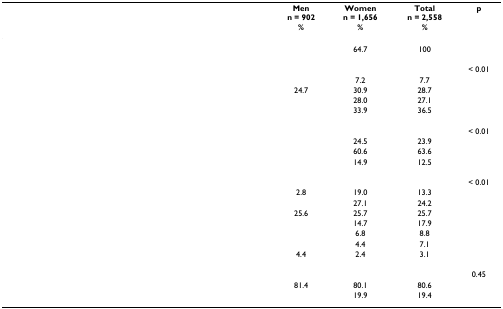
<table><thead><tr><td>[EMPTY_CELL]</td><td><b>Menn = 902%</b></td><td><b>Womenn = 1,656%</b></td><td><b>Totaln = 2,558%</b></td><td><b>p</b></td></tr></thead><tbody><tr><td>[EMPTY_CELL]</td><td>[EMPTY_CELL]</td><td>64.7</td><td>100</td><td>[EMPTY_CELL]</td></tr><tr><td>[EMPTY_CELL]</td><td>[EMPTY_CELL]</td><td>[EMPTY_CELL]</td><td>[EMPTY_CELL]</td><td>&lt; 0.01</td></tr><tr><td>[EMPTY_CELL]</td><td>[EMPTY_CELL]</td><td>7.2</td><td>7.7</td><td>[EMPTY_CELL]</td></tr><tr><td>[EMPTY_CELL]</td><td>24.7</td><td>30.9</td><td>28.7</td><td>[EMPTY_CELL]</td></tr><tr><td>[EMPTY_CELL]</td><td>[EMPTY_CELL]</td><td>28.0</td><td>27.1</td><td>[EMPTY_CELL]</td></tr><tr><td>[EMPTY_CELL]</td><td>[EMPTY_CELL]</td><td>33.9</td><td>36.5</td><td>[EMPTY_CELL]</td></tr><tr><td>[EMPTY_CELL]</td><td>[EMPTY_CELL]</td><td>[EMPTY_CELL]</td><td>[EMPTY_CELL]</td><td>&lt; 0.01</td></tr><tr><td>[EMPTY_CELL]</td><td>[EMPTY_CELL]</td><td>24.5</td><td>23.9</td><td>[EMPTY_CELL]</td></tr><tr><td>[EMPTY_CELL]</td><td>[EMPTY_CELL]</td><td>60.6</td><td>63.6</td><td>[EMPTY_CELL]</td></tr><tr><td>[EMPTY_CELL]</td><td>[EMPTY_CELL]</td><td>14.9</td><td>12.5</td><td>[EMPTY_CELL]</td></tr><tr><td>[EMPTY_CELL]</td><td>[EMPTY_CELL]</td><td>[EMPTY_CELL]</td><td>[EMPTY_CELL]</td><td>&lt; 0.01</td></tr><tr><td>[EMPTY_CELL]</td><td>2.8</td><td>19.0</td><td>13.3</td><td>[EMPTY_CELL]</td></tr><tr><td>[EMPTY_CELL]</td><td>[EMPTY_CELL]</td><td>27.1</td><td>24.2</td><td>[EMPTY_CELL]</td></tr><tr><td>[EMPTY_CELL]</td><td>25.6</td><td>25.7</td><td>25.7</td><td>[EMPTY_CELL]</td></tr><tr><td>[EMPTY_CELL]</td><td>[EMPTY_CELL]</td><td>14.7</td><td>17.9</td><td>[EMPTY_CELL]</td></tr><tr><td>[EMPTY_CELL]</td><td>[EMPTY_CELL]</td><td>6.8</td><td>8.8</td><td>[EMPTY_CELL]</td></tr><tr><td>[EMPTY_CELL]</td><td>[EMPTY_CELL]</td><td>4.4</td><td>7.1</td><td>[EMPTY_CELL]</td></tr><tr><td>[EMPTY_CELL]</td><td>4.4</td><td>2.4</td><td>3.1</td><td>[EMPTY_CELL]</td></tr><tr><td>[EMPTY_CELL]</td><td>[EMPTY_CELL]</td><td>[EMPTY_CELL]</td><td>[EMPTY_CELL]</td><td>0.45</td></tr><tr><td>[EMPTY_CELL]</td><td>81.4</td><td>80.1</td><td>80.6</td><td>[EMPTY_CELL]</td></tr><tr><td>[EMPTY_CELL]</td><td>[EMPTY_CELL]</td><td>19.9</td><td>19.4</td><td>[EMPTY_CELL]</td></tr></tbody></table>